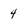
Character: 4